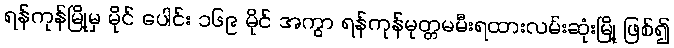
ရန်ကုန်မြို့မှ မိုင် ပေါင်း ၁၆၉ မိုင် အကွာ ရန်ကုန်မုတ္တမမီးရထားလမ်းဆုံးမြို့ ဖြစ်၍